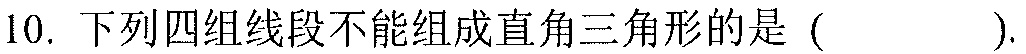
10. 下列四组线段不能组成直角三角形的是 ( ).